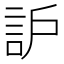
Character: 𧦈